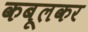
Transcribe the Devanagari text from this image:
कबूलकर